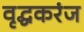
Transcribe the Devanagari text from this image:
वृद्धकरंज